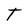
Character: T